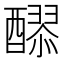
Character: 𮡄